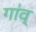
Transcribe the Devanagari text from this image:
गा॑व्